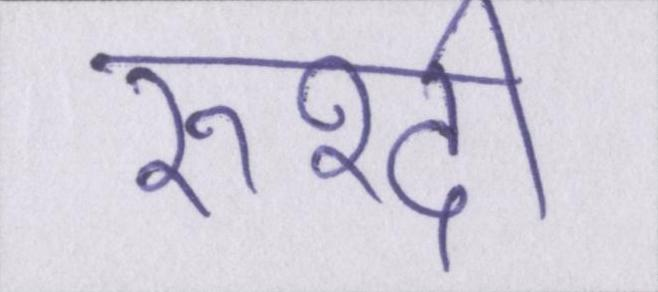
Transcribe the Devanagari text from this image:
रुश्दी